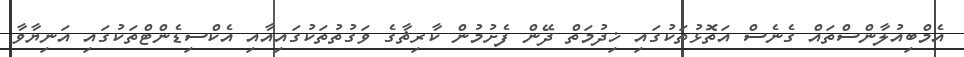
އެމްބިއުލާންސްތައް ގެނެސް އަތޮޅުތަކުގައި ޚިދުމަތް ދޭން ފެށުމުން ކާރިޘާގެ ވަގުތުތަކުގައިއާއި އެކްސިޑެންޓްތަކުގައި އަނިޔާވާ